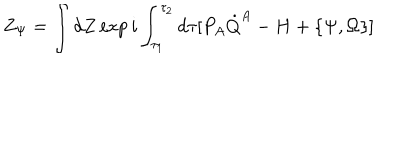
Z _ { \Psi } = \int d Z \exp i \int _ { \tau _ { 1 } } ^ { \tau _ { 2 } } d \tau [ P _ { A } \dot { Q } ^ { A } - H + \{ \Psi , \Omega \} ]